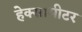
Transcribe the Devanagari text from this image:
हेक्सामीटर